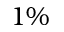
1 \%